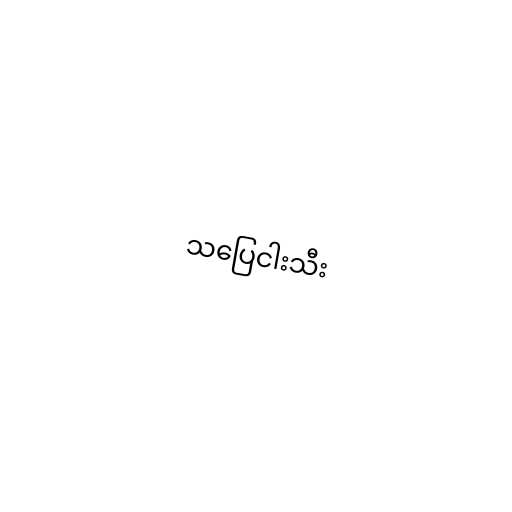
သပြေငါးသီး